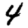
Digit: 4